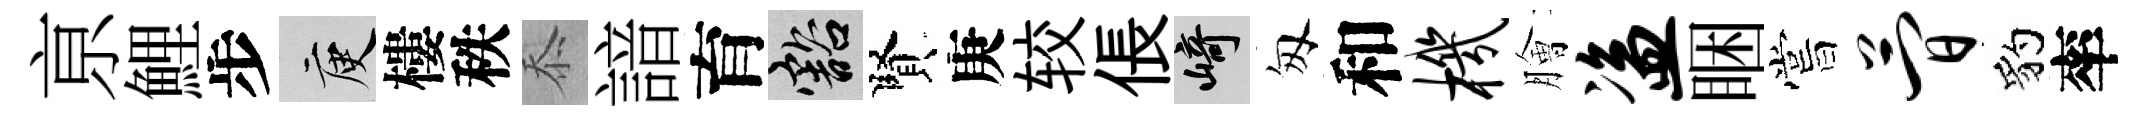
亰鯉步庾樓秩忝諳育豁賢庚较倀崎匆和机膾盗睏嘗简豹率